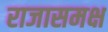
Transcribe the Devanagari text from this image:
राजासमक्ष